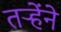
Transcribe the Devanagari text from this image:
तऱ्हेंने